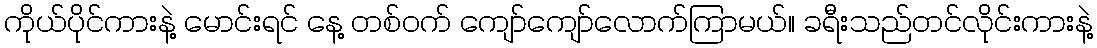
ကိုယ်ပိုင်ကားနဲ့ မောင်းရင် နေ့ တစ်ဝက် ကျော်ကျော်လောက်ကြာမယ်။ ခရီးသည်တင်လိုင်းကားနဲ့